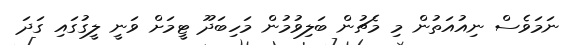
ނަމަވެސް ނިއުއަތުން މި މެޗުން ބަލިވުމުން މަހިބަދޫ ޓީމަށް ވަނީ ލީގުގައި ގަދަ